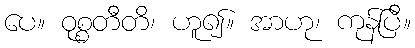
ပေ။ ဝုစ္စတီတိ၊ ဟူ၍။ အာဟု၊ ကုန်ပြီ။